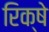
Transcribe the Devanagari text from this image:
रिक्षे